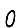
Digit: 0